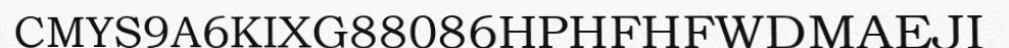
CMYS9A6KIXG88086HPHFHFWDMAEJI